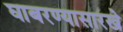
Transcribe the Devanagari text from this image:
घाबरण्यासारखे